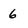
Character: 6